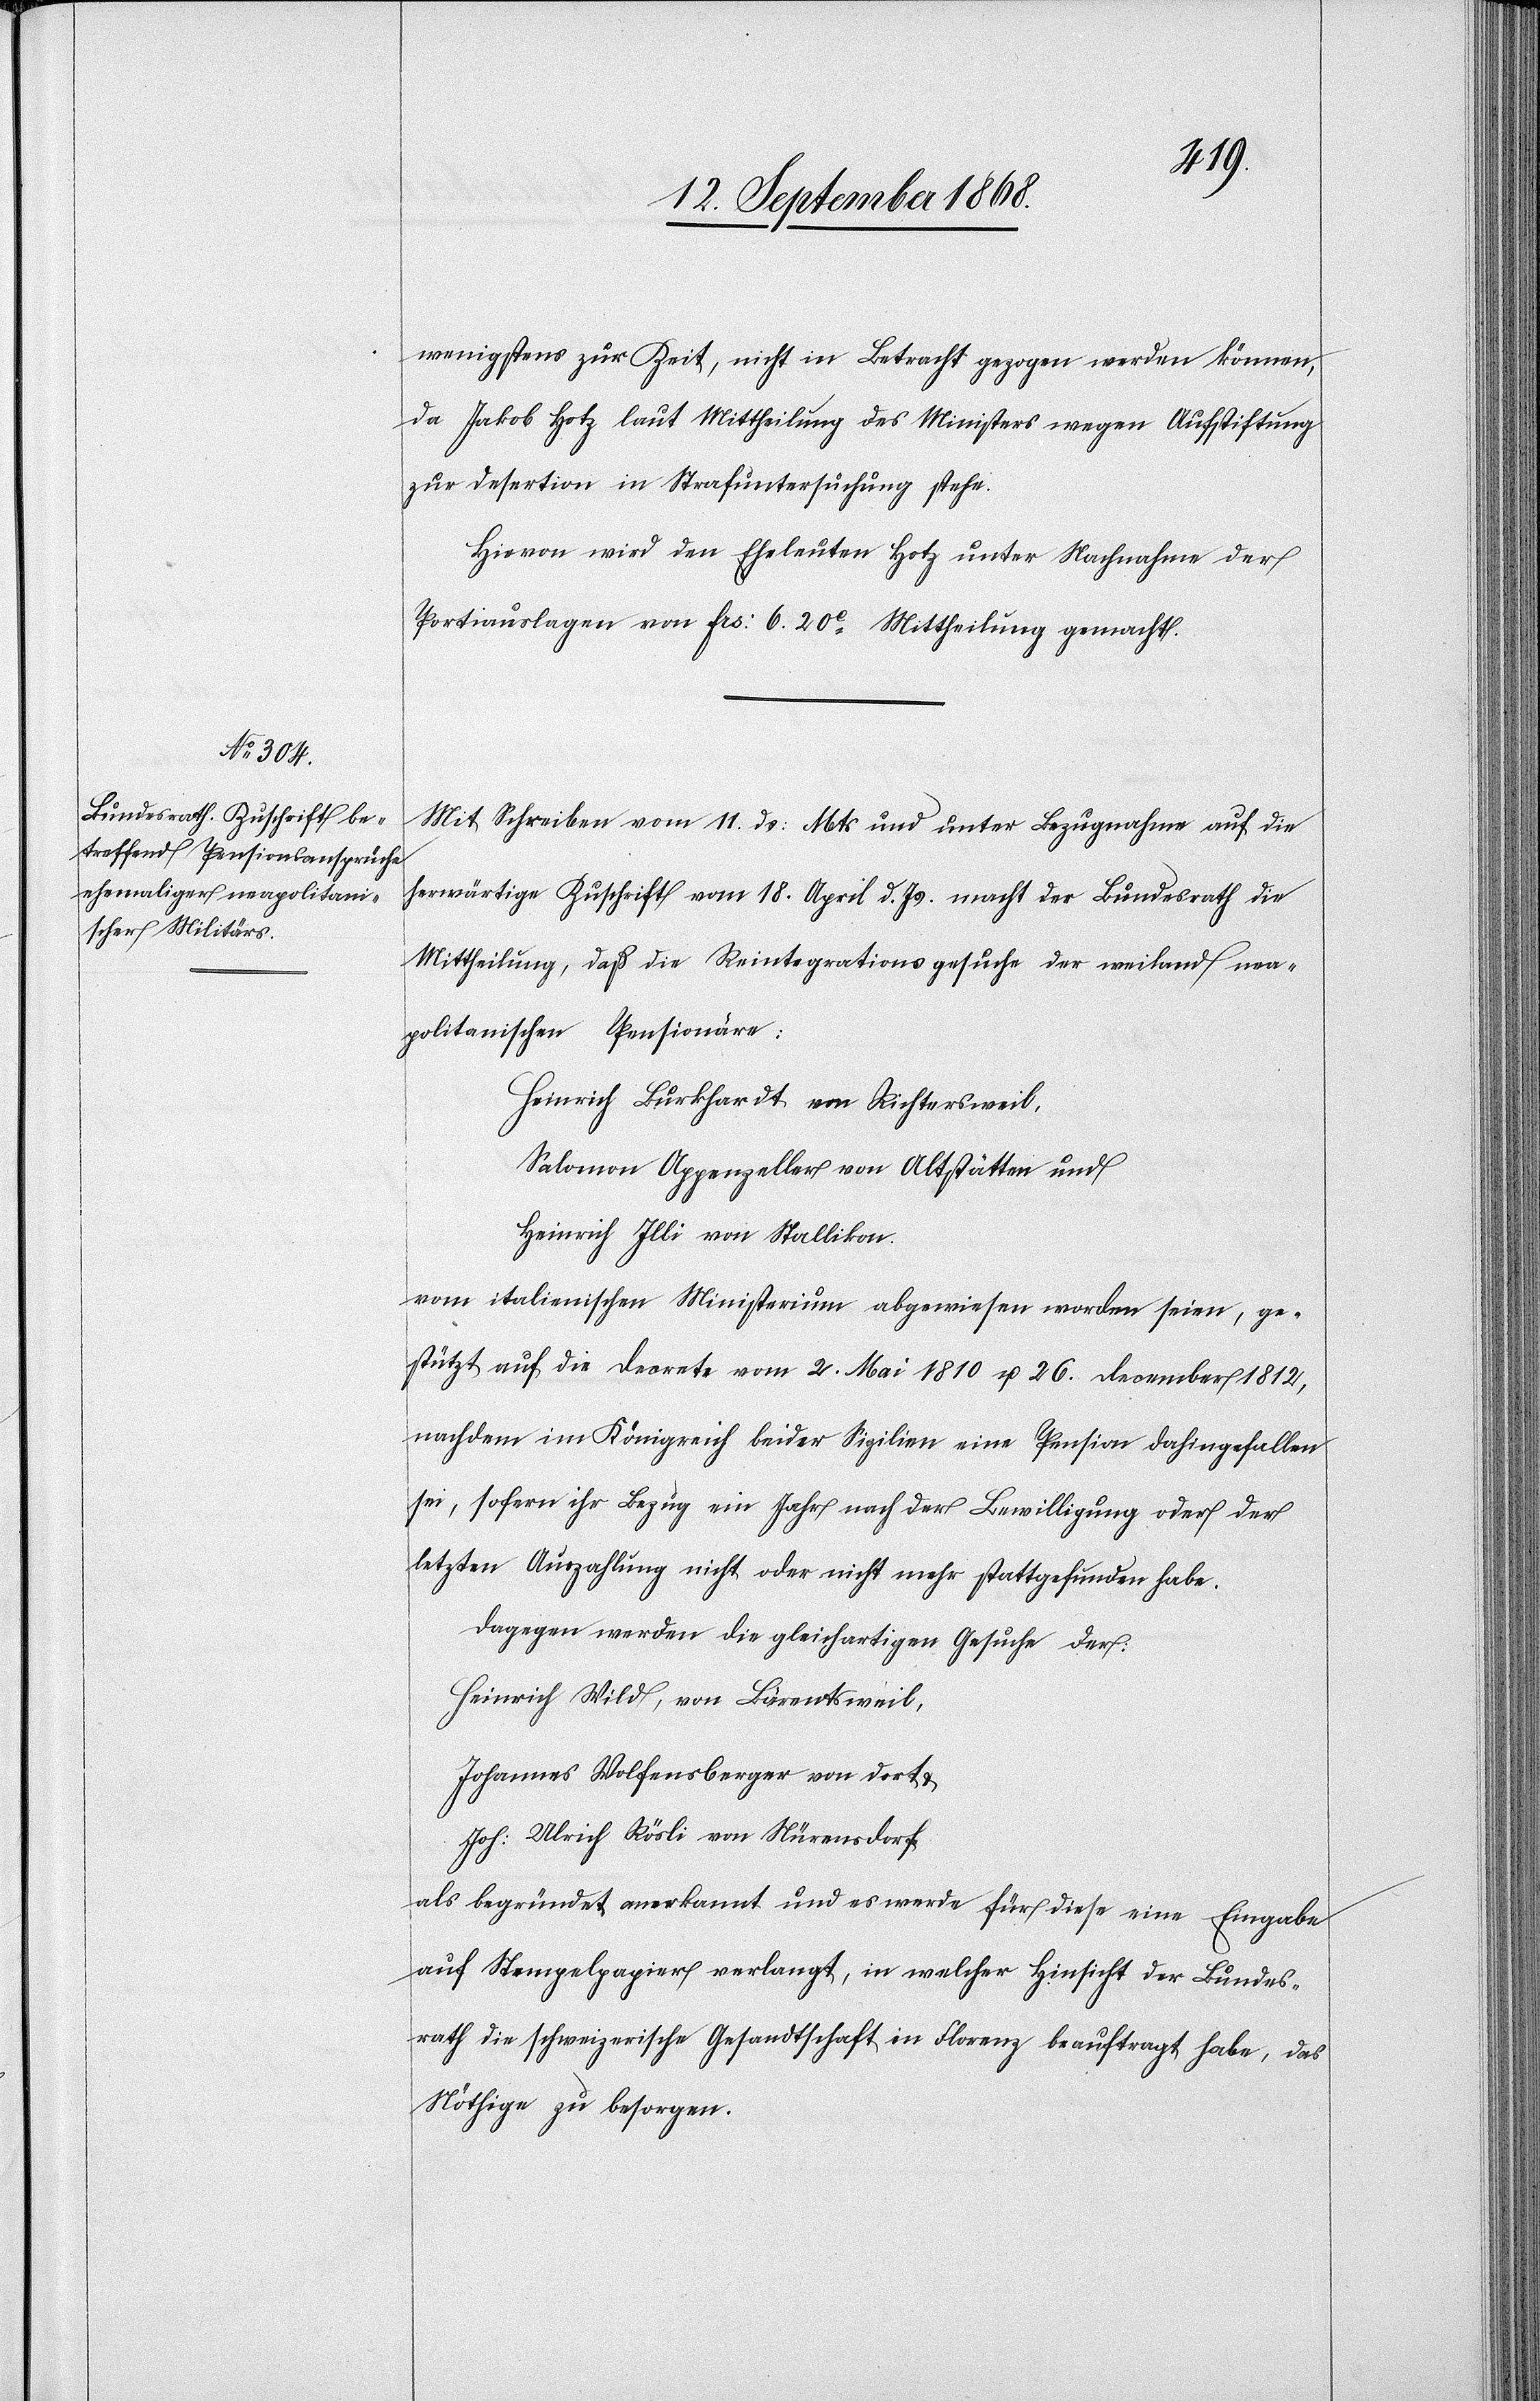
13. September 1868.]
wenigstens zur Zeit, nicht in Betracht gezogen werden können,
da Jakob Hotz laut Mittheilung des Ministers wegen Aufstiftung
zur Desertion in Strafuntersuchung stehe.
Hievon wird den Eheleuten Hotz unter Nachnahme der
Portiauslagen von Frs: 6. 20c Mittheilung gemacht.
Mit Schreiben vom 11. ds: Mts und unter Bezugnahme auf die
herwärtige Zuschrift vom 18. April d. Js. macht der Bundesrath die
Mittheilung, daß die Reintegrationsgesuche der weiland nea¬
politanischen Pensionäre:
Heinrich Burkhardt von Richtersweil,
Salomon Appenzeller von Altstätten und
Heinrich Illi von Stallikon
vom italienischen Ministerium abgewiesen worden seien, ge¬
stützt auf die Decrete vom 2. Mai 1810 u. 26. December 1812,
nachdem im Königreich beider Sizilien eine Pension dahingefallen
sei, sofern ihr Bezug ein Jahr nach der Bewilligung oder der
letzten Auszahlung nicht oder nicht mehr stattgefunden habe.
Dagegen werden die gleichartigen Gesuche der:
Heinrich Wild, von Bärentsweil,
Johannes Wolfensberger von dort
Joh: Ulrich Rösli von Nürensdorf
als begründet anerkannt und es werde für diese eine Eingabe
auf Stempelpapier verlangt, in welcher Hinsicht der Bundes¬
rath die schweizerische Gesandtschaft in Florenz beauftragt habe, das
Nöthige zu besorgen.